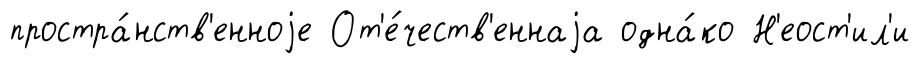
простра́нств'енноjе От'е́честв'еннаjа одна́ко Н'еост'ил'и